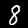
Digit: 8